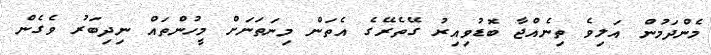
މެންދަމުން އަލިވެ ތިނެއްޖާ ބޮޑުވިއިރު ގޭތެރޭގެ އެތަން މިނަތަނަށް މީހުންތައް ނިދިބަރު ވެގެން